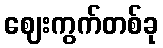
ဈေးကွက်တစ်ခု